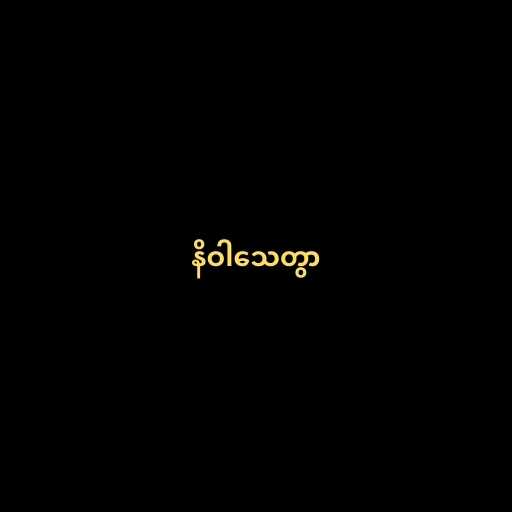
နိဝါသေတွာ